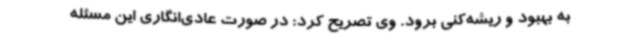
به بهبود و ریشه‌کنی برود. وی تصریح کرد: در صورت عادی‌انگاری این مسئله